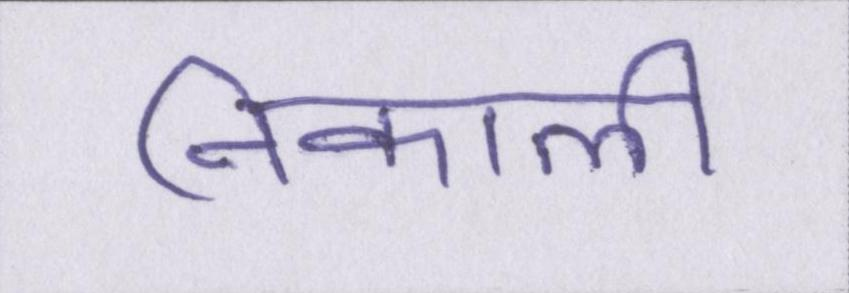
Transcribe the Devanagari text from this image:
निकाली